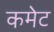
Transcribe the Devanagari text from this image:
कमेट